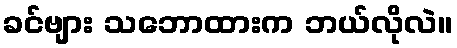
ခင်ဗျား သဘောထားက ဘယ်လိုလဲ။